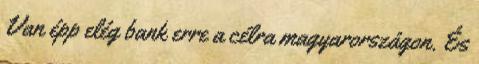
Van épp elég bank erre a célra magyarországon. És